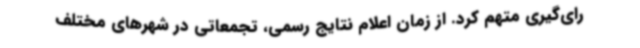
رای‌گیری متهم کرد. از زمان اعلام نتایج رسمی، تجمعاتی در شهرهای مختلف